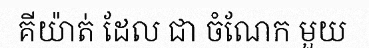
គីយ៉ាត់ ដែល ជា ចំណែក មួយ